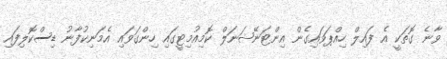
ވާނެ ގޮތަކީ އެ ފައިލް ހިއްޕަވައިގެން އިންޓަނޭޝަނަލް ކޮމިއުމިޓީގައި ހިންގަވައި އެމަނިކުފާނު ޑިސްކޮލިފައި